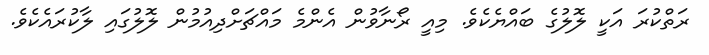
ރަތްކުރަ އަކީ ލޮލުގެ ބައްޔެކެވެ. މިއީ ރޯނާވުން އެންމެ މައްޗަށްދިއުމުން ލޮލުގައި ލާކުރައެކެވެ.